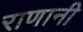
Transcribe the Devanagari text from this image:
राणानी